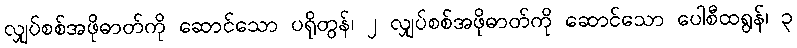
လျှပ်စစ်အဖိုဓာတ်ကို ဆောင်သော ပရိုတွန်၊ ၂ လျှပ်စစ်အဖိုဓာတ်ကို ဆောင်သော ပေါစီထရွန်၊ ၃